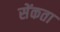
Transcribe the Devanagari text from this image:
सेंकता